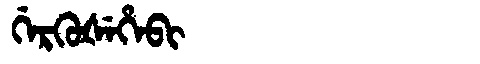
Manchu: ᡤᡝᡵᡴᡠᡧᡝᡥᡝᠪᡳ
Romanization: GERKUŠEHEBI